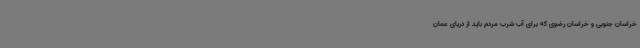
خراسان جنوبی و خراسان رضوی که برای آب شرب مردم باید از دریای عمان